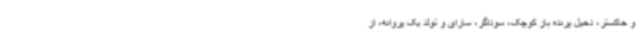
و خاکستر، دخیل پرنده باز کوچک، سوداگر، سارای و تولد یک پروانه، از